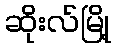
ဆိုးလ်မြို့